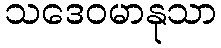
သဒေဝမာနုသာ